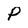
Character: P